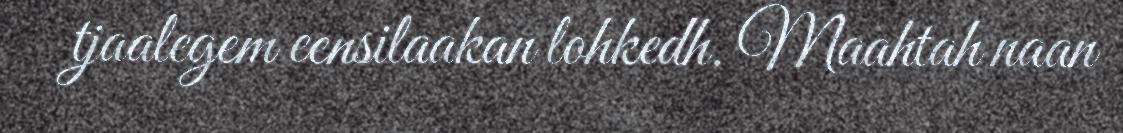
tjaalegem eensilaakan lohkedh. Maahtah naan